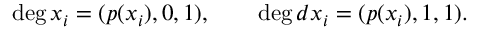
\deg x _ { i } = ( p ( x _ { i } ) , 0 , 1 ) , \qquad \deg d x _ { i } = ( p ( x _ { i } ) , 1 , 1 ) .